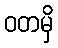
ဝတမှိ